65_HS1-834228961_62-HQ-83894_Section_6
Agency: FBI
Page 207
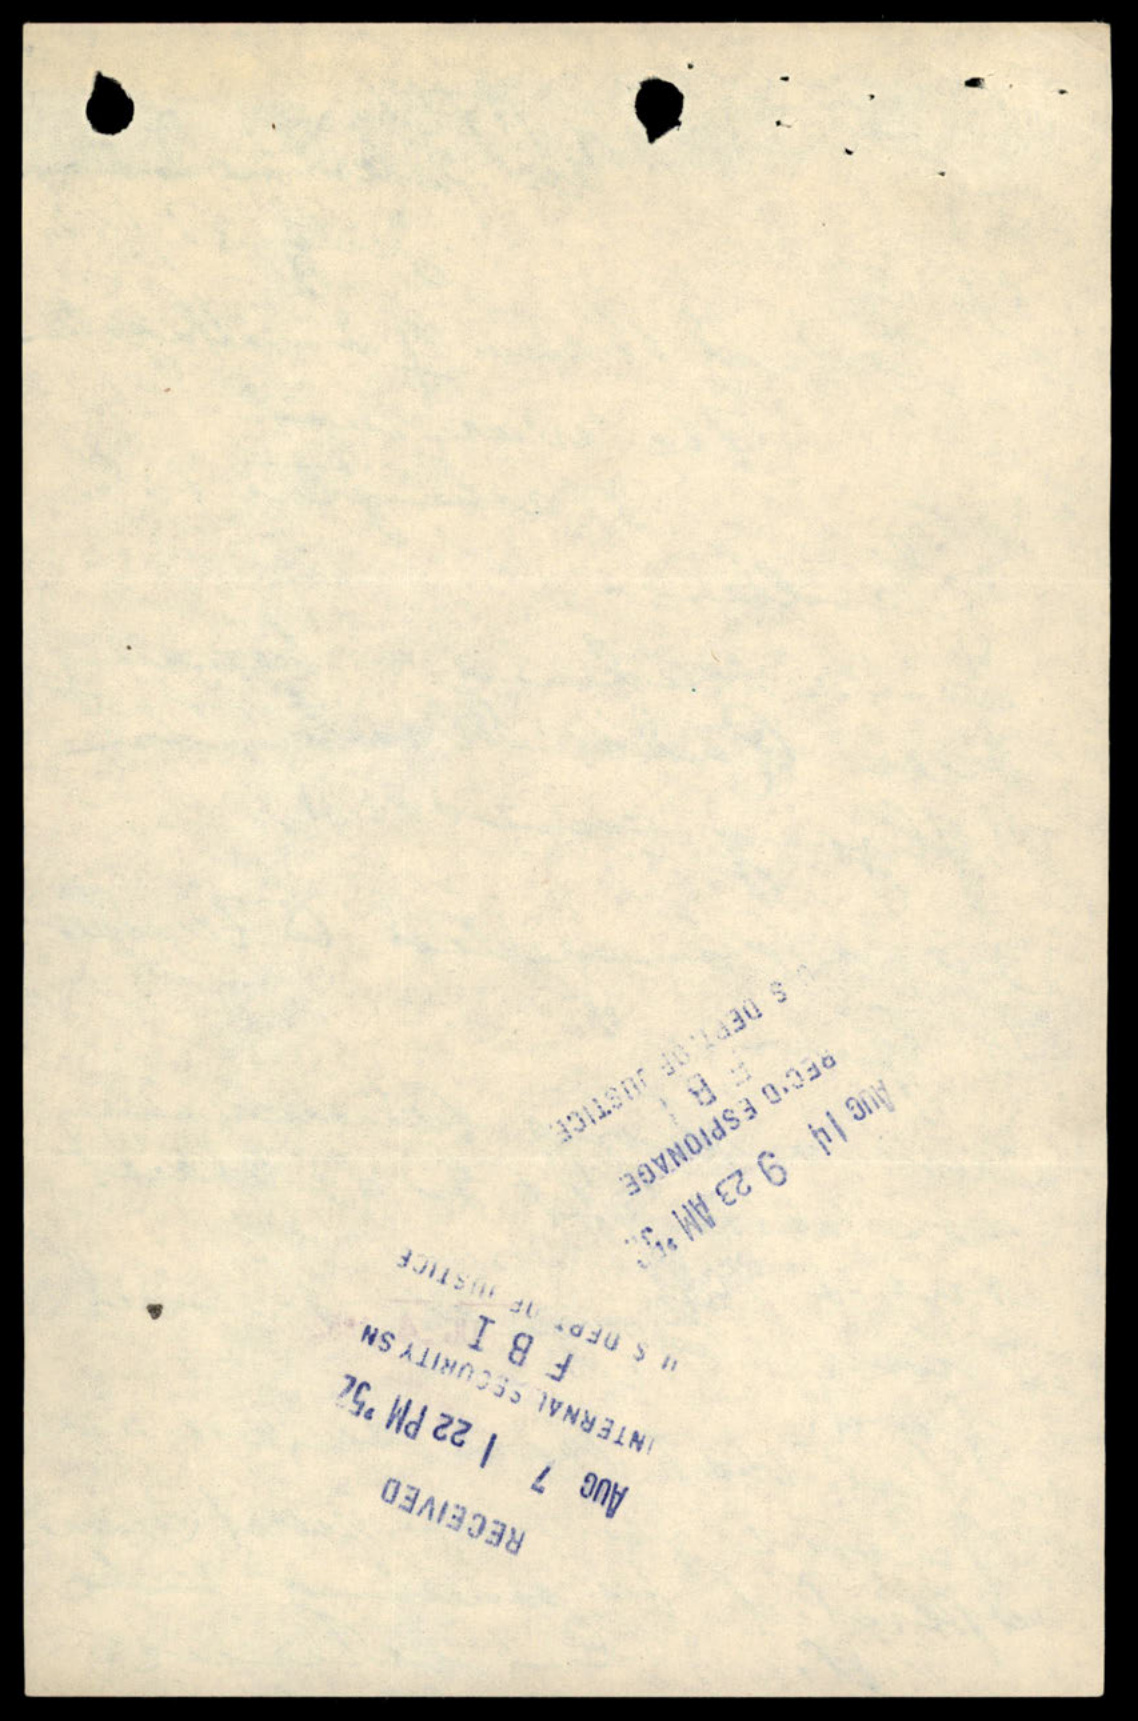